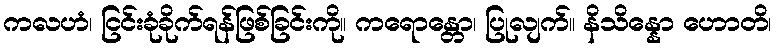
ကလဟံ၊ ငြင်းခုံခိုက်ရန်ဖြစ်ခြင်းကို။ ကရောန္တော၊ ပြုလျက်။ နိသိန္နော ဟောတိ၊